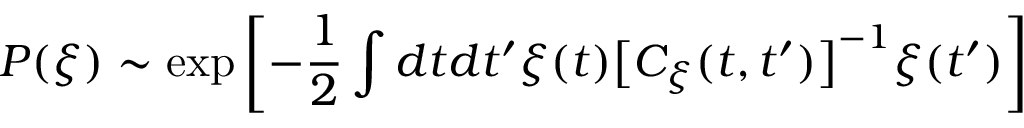
P ( \xi ) \sim \exp \left[ - \displaystyle \frac { 1 } { 2 } \int d t d t ^ { \prime } \xi ( t ) \big [ C _ { \xi } ( t , t ^ { \prime } ) \big ] ^ { - 1 } \xi ( t ^ { \prime } ) \right]